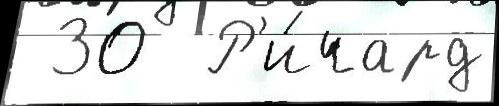
 30  Р'и́чард